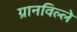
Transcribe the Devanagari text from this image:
ग्रानविल्ले